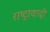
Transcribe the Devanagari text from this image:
राष्ट्रावादी